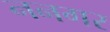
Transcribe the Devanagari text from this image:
ननगर